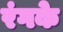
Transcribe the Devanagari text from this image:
रंगके